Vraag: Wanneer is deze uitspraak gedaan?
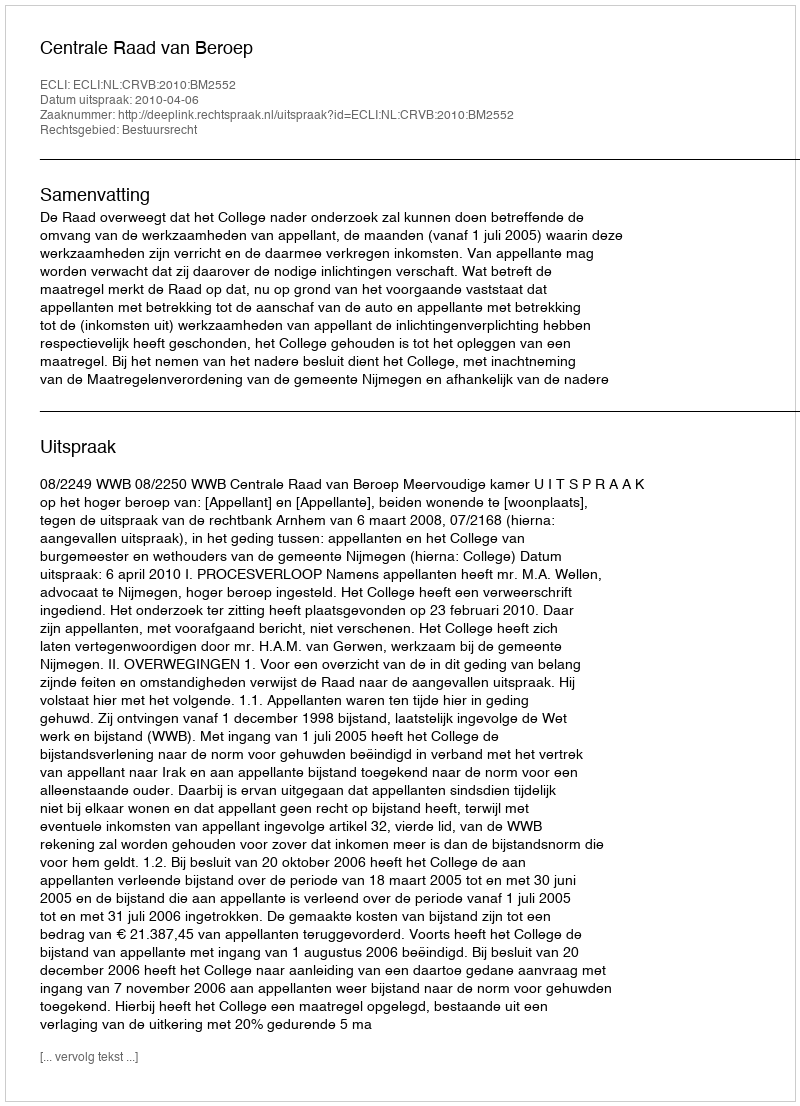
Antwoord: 2010-04-06